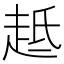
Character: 趆